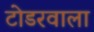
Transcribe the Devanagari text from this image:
टोडरवाला